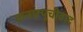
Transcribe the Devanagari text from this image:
कनफ़्यूचीवाद